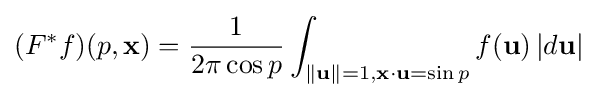
(F^{*}f)(p,\mathbf {x} )={\frac {1}{2\pi \cos p}}\int _{\|\mathbf {u} \|=1,\mathbf {x} \cdot \mathbf {u} =\sin p}f(\mathbf {u} )\,|d\mathbf {u} |